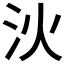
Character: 𣲧